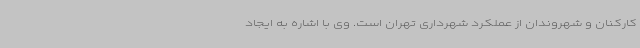
کارکنان و شهروندان از عملکرد شهرداری تهران است. وی با اشاره به ایجاد